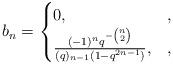
LaTeX: \begin{align*} b_n = \begin{cases}0, &,\\\frac{(-1)^nq^{-\binom{n}{2}}}{(q)_{n-1}(1-q^{2n-1})}, &,\end{cases}\end{align*}